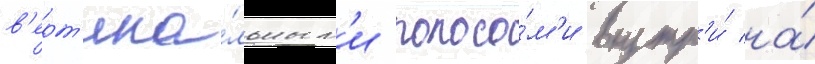
в'ерт'ика́льным'и полоса́м'и внутр'и́ на́